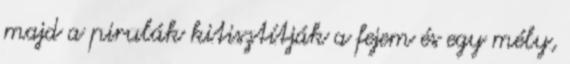
majd a pirulák kitisztítják a fejem és egy mély,